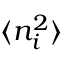
\langle n _ { i } ^ { 2 } \rangle